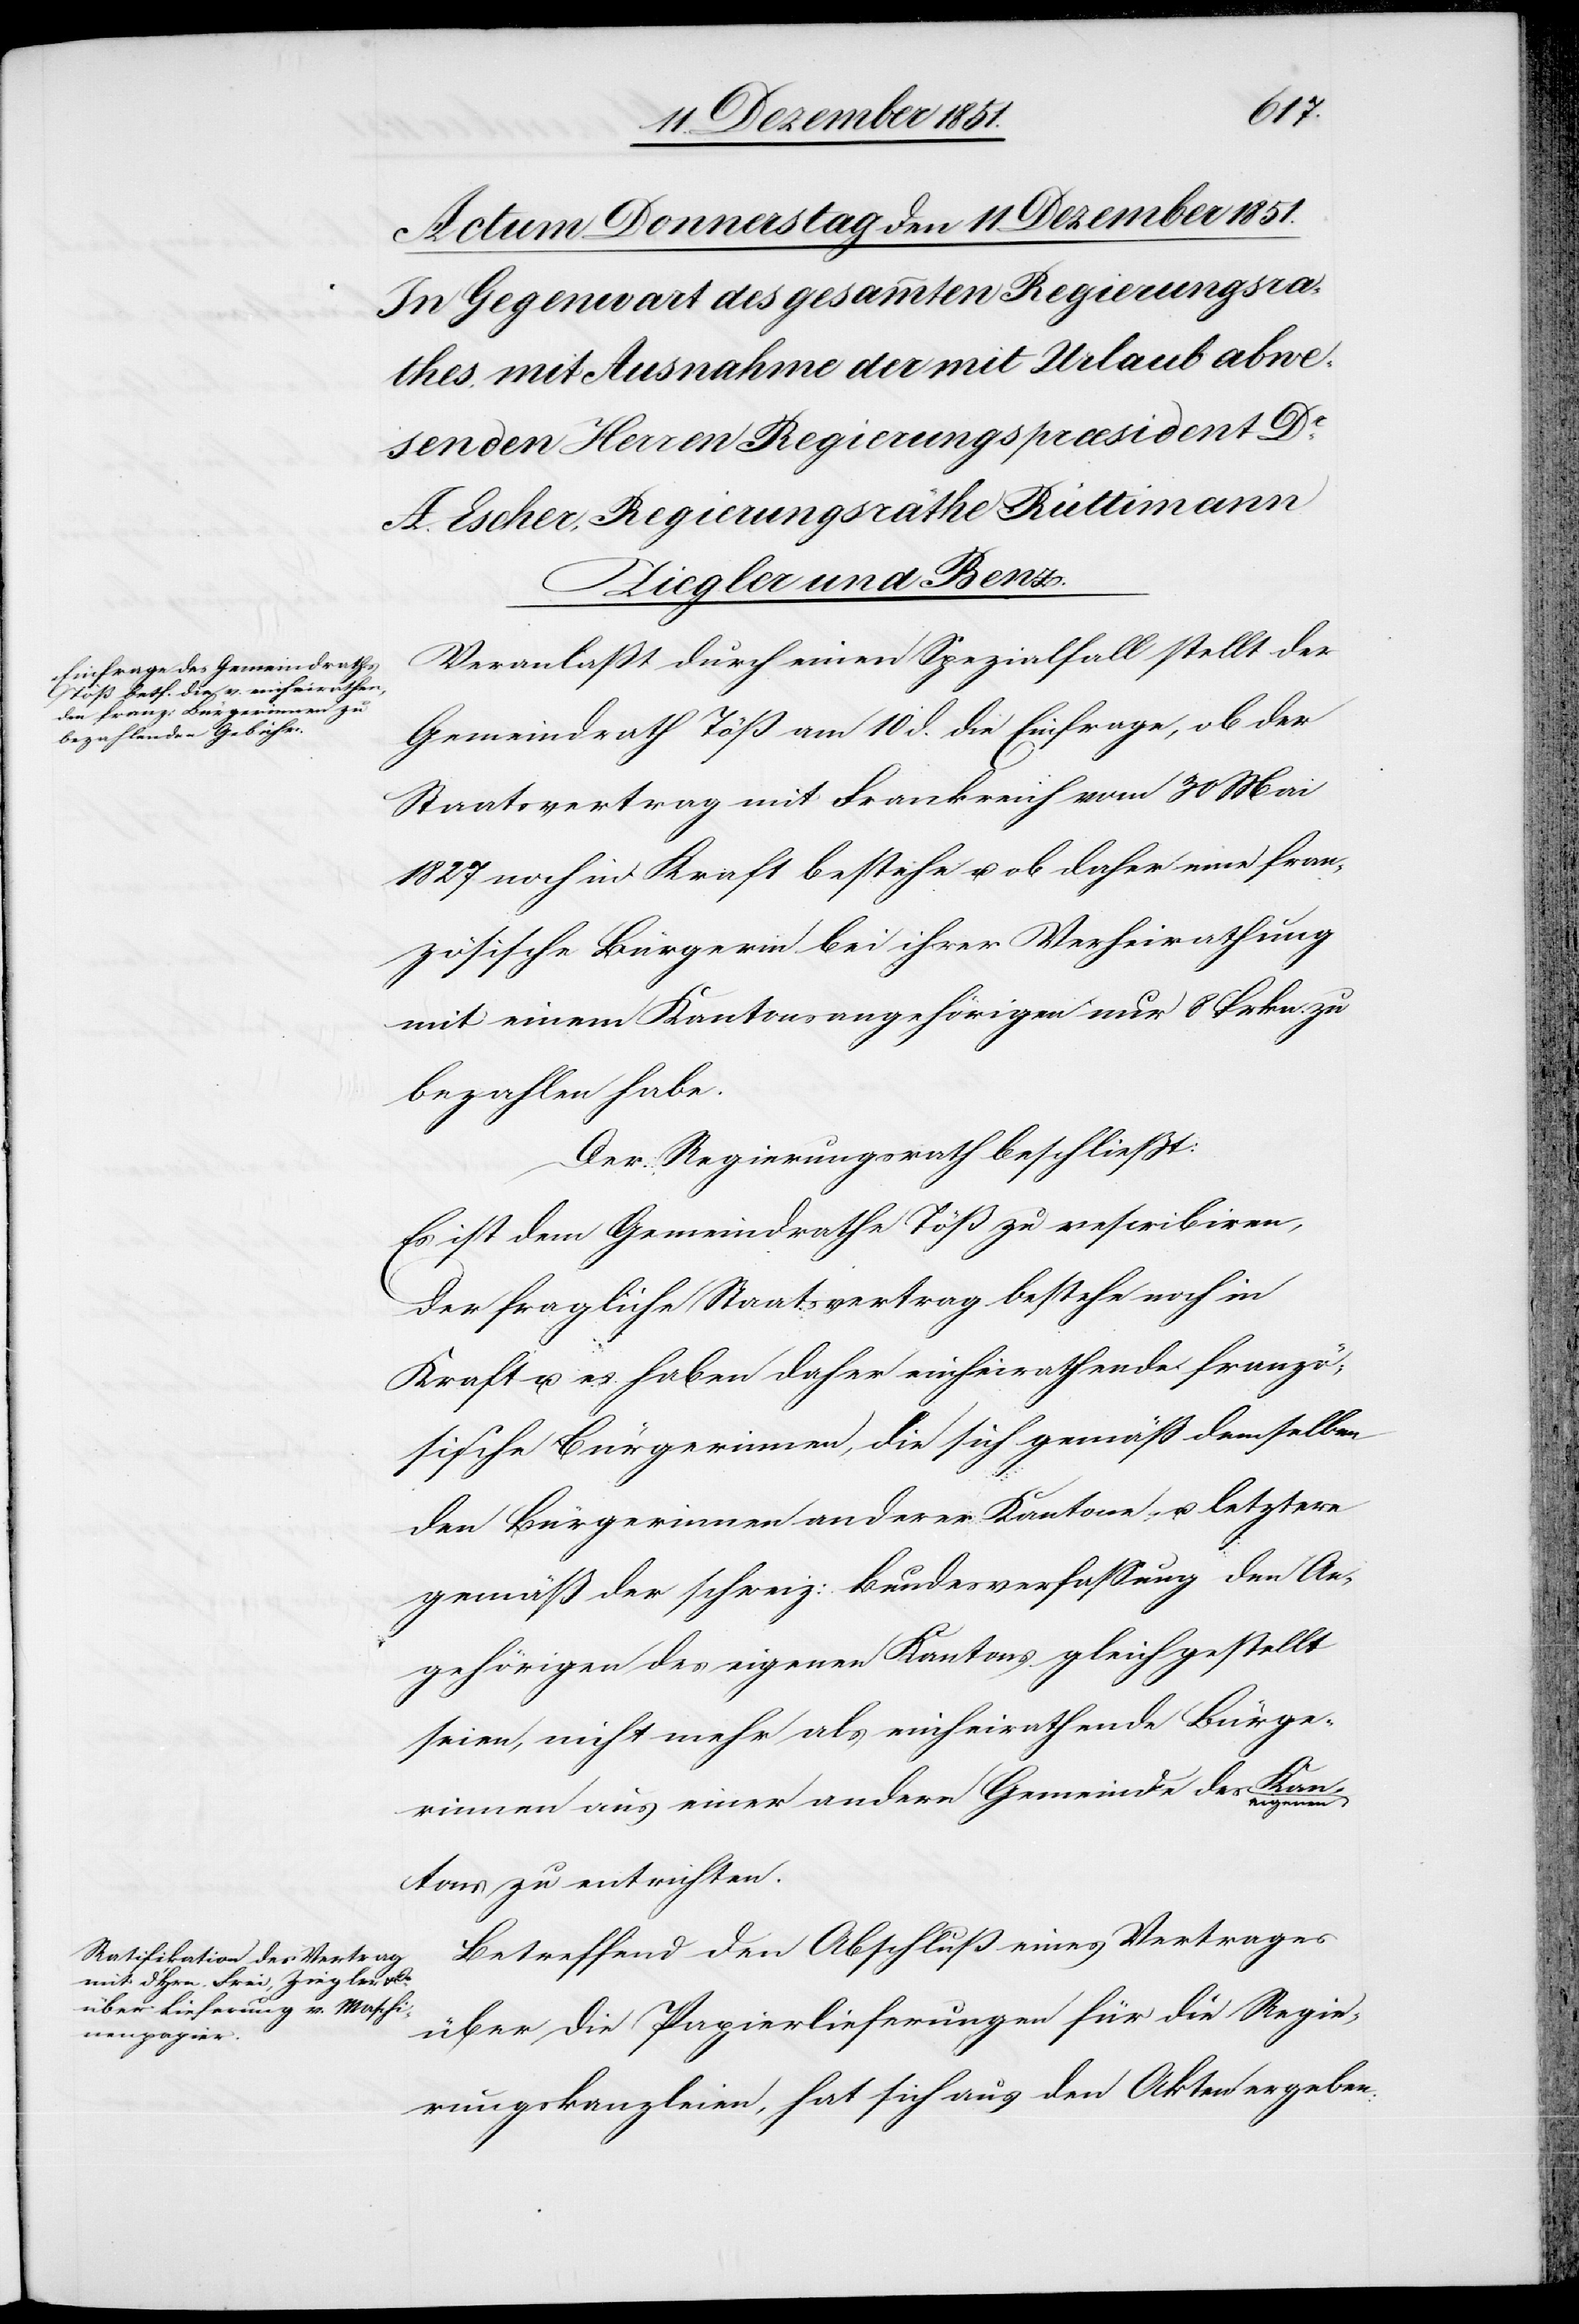
Veranlaßt durch einen Spezialfall stellt der
Gemeindrath Töß am 10 d. die Einfrage, ob der
Staatsvertrag mit Frankreich vom 30 Mai
1827. noch in Kraft bestehe u. ob daher eine fran¬
zösische Bürgerin bei ihrer Verheirathung
mit einem Kantonsangehörigen nur 8 Frkn. zu
bezahlen habe.
Der Regierungsrath beschließt:
Es ist dem Gemeindrathe Töß zu rescribiren,
der fragliche Staatsvertrag bestehe noch in
Kraft u. es haben daher einheirathende franzö¬
sische Bürgerinnen, die sich [sic!] gemäß demselben
den Bürgerinnen anderer Kantone u. letztere
gemäß der schweiz: Bundesverfassung den An¬
gehörigen des eigenen Kantons gleichgestellt
seien, nicht mehr als einheirathende Bürge¬
rinnen aus einer andern Gemeinde des eigenen
Kantons zu entrichten.
Betreffend den Abschluß eines Vertrages
über die Papierlieferungen für die Regie¬
rungskanzleien, hat sich aus den Akten ergeben: